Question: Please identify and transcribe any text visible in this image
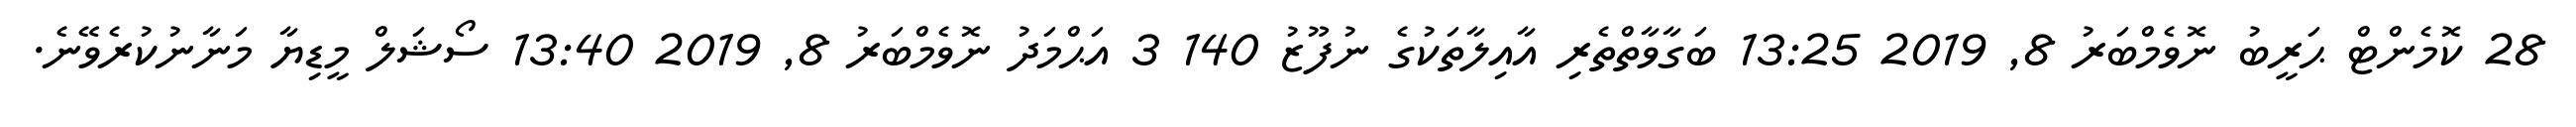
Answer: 28 ކޮމެންޓް ޙަރީބު ނޮވެމްބަރު 8, 2019 13:25 ބަގާވާތްތެރި އާއިލާތަކުގެ ނުފޫޒު 140 3 އަޙްމަދު ނޮވެމްބަރު 8, 2019 13:40 ސޯޝަލް މީޑިޔާ މަނާނުކުރެވޭނެ.